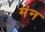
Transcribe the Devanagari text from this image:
मंन